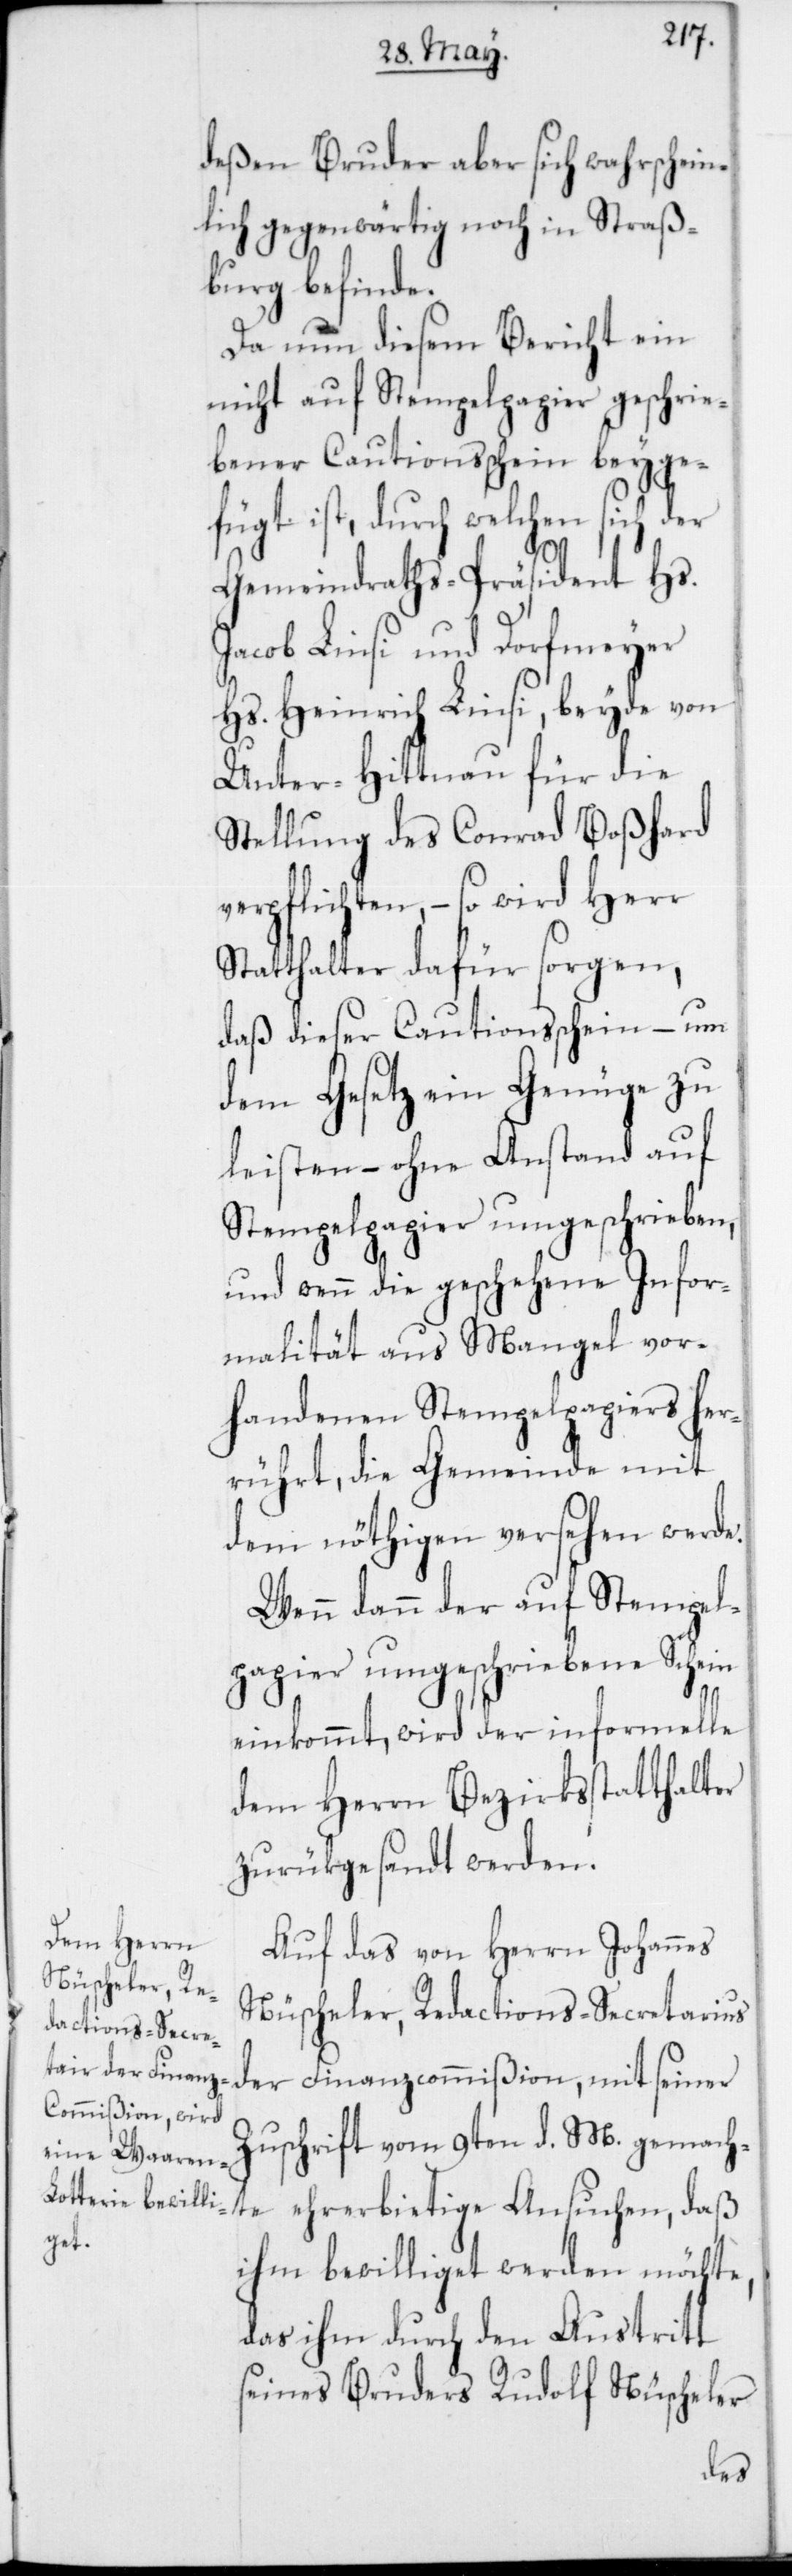
deßen Bruder aber sich wahrschein¬
lich gegenwärtig noch in Straß¬
burg befinde.
Da nun diesem Bericht ein
nicht auf Stempelpapier geschrie¬
bener Cautionsschein beyge¬
fügt ist, durch welchen sich der
Gemeindraths-Präsident Hs.
Linsi und Dorfmeyer
Hs. Henrich Linsi, beyde von
Unter-Hittnau für die
Stellung des Conrad Boßhard
verpflichten, – so wird Herr
Statthalter dafür sorgen,
daß dieser Cautionsschein – um
dem Gesetz ein Genüge zu
leisten – ohne Anstand auf
Stempelpapier umgeschrieben,
und wenn die geschehene Infor¬
malität aus Mangel vor¬
handenen Stempelpapiers her¬
rührt, die Gemeinde mit
dem nöthigen versehen werde.
Wenn dann der auf Stempel¬
papier umgeschriebene Schein
einkommt, wird der informelle
dem Herrn Bezirksstatthalter
zurükgesandt werden.
Auf das von Herrn Johannes
Nüscheler, Redactions-Secretarius
der Finanzcommißion, mit seiner
Zuschrift vom 9ten d. M. gemach¬
te ehrerbietige Ansuchen, daß
ihm bewilliget werden möchte,
das ihm durch den Austritt
seines Bruders Rudolf Nüscheler